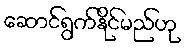
ဆောင်ရွက်နိုင်မည်ဟု